Civil Veterinary Department. Madras. Admin. report 1926-33 - 1926-1933
Year: 1926
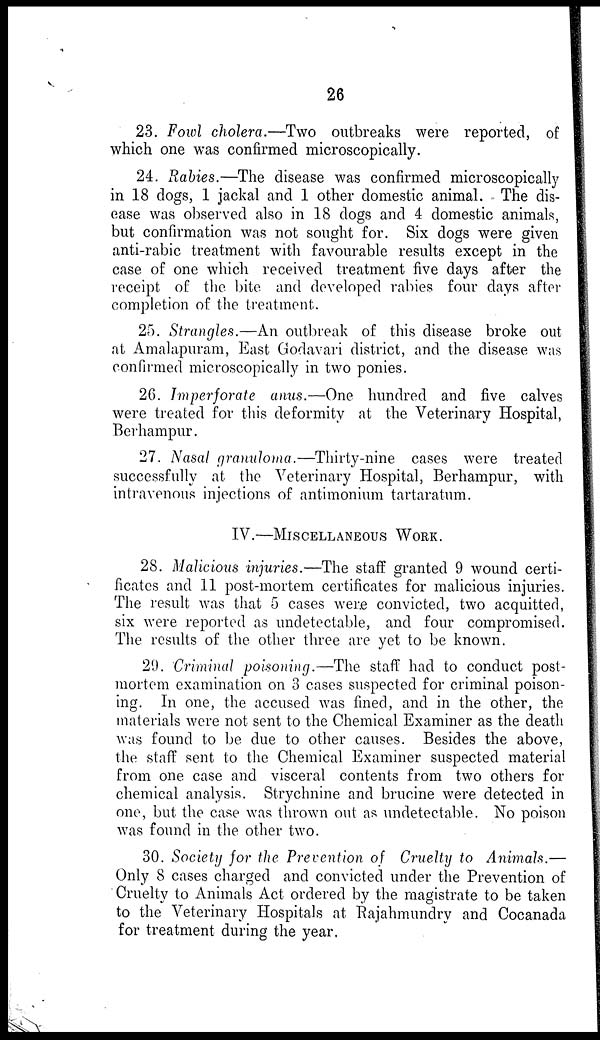
26
23. Fowl cholera.—Two outbreaks were reported, of
which one was confirmed microscopically.
24. Rabies.—The disease was confirmed microscopically
in 18 dogs, 1 jackal and 1 other domestic animal. The dis-
ease was observed also in 18 dogs and 4 domestic animals,
but confirmation was not sought for. Six dogs were given
anti-rabic treatment with favourable results except in the
case of one which received treatment five days after the
receipt of the bite and developed rabies four days after
completion of the treatment.
25. Strangles.—An outbreak of this disease broke out
at Amalapuram, East Godavari district, and the disease was
confirmed microscopically in two ponies.
26. Imperforate anus.—One hundred and five calves
were treated for this deformity at the Veterinary Hospital,
Berhampur.
27. Nasal granuloma.—Thirty-nine
cases were treated
successfully at the Veterinary Hospital, Berhampur, with
intravenous injections of antimonium tartaratum.
IV.—MISCELLANEOUS WORK.
28. Malicious injuries.—The staff granted 9 wound certi-
ficates and 11 post-mortem certificates for malicious injuries.
The result was that 5 cases were convicted, two acquitted,
six were reported as undetectable, and four compromised.
The results of the other three are yet to be known.
29. Criminal poisoning.—The staff had to conduct post-
mortem examination on 3 cases suspected for criminal poison-
ing. In one, the accused was fined, and in the other, the
materials were not sent to the Chemical Examiner as the death
was found to be due to other causes. Besides the above,
the staff sent to the Chemical Examiner suspected material
from one case and visceral contents from two others for
chemical analysis. Strychnine and brucine were detected in
one, but the case was thrown out as undetectable. No poison
was found in the other two.
30. Society for the Prevention of Cruelty to Animals.—
Only 8 cases charged and convicted under the Prevention of
Cruelty to Animals Act ordered by the magistrate to be taken
to the Veterinary Hospitals at Rajahmundry and Cocanada
for treatment during the year.